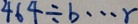
4 6 4 \div b \cdots r